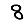
Digit: 8